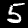
Label: 5